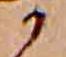
か